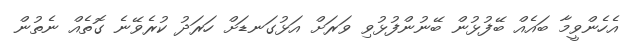
އެހެންވީމާ ބައެއް ބޭފުޅުން ބޭނުންފުޅުވި ވަރަށް އަޅުގަނޑަށް ހަރަދު ކުރެވޭނެ ގޮތެއް ނެތުން